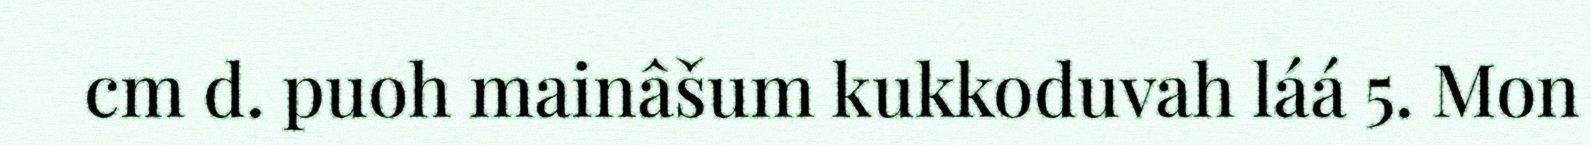
cm d. puoh mainâšum kukkoduvah láá 5. Mon